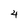
Character: 4